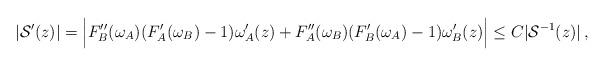
LaTeX: \begin{align*}|\mathcal{S}'(z)|=\Big|F''_B(\omega_A)(F'_A(\omega_B)-1)\omega_A'(z)+F''_A(\omega_B)(F'_B(\omega_A)-1) \omega_B'(z)\Big|\leq C |\mathcal{S}^{-1}(z) |\,, \end{align*}